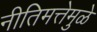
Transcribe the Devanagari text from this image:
नीतिमत्तेमुळे